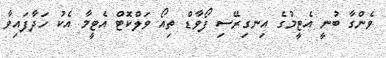
ވެންގާ ބުނީ އެޓީމުގެ އިނގިރޭސި ފޯވާޑް ތިއޯ ވަލްކޮޓް އެޓީމާ އެކު ހަދާފައިވާ